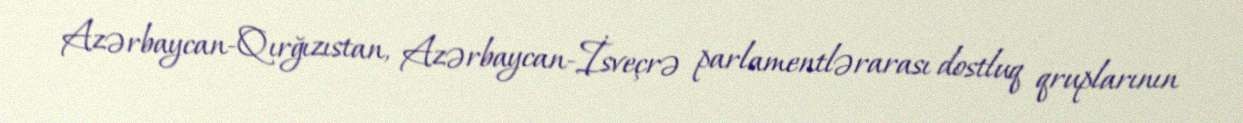
Azərbaycan-Qırğızıstan, Azərbaycan-İsveçrə parlamentlərarası dostluq qruplarının